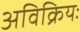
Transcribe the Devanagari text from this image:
अविक्रियः